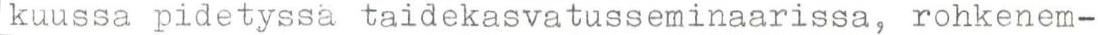
kuussa pidetyssä taidekasvatusseminaarissa, rohkenem-